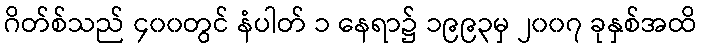
ဂိတ်စ်သည် ၄၀၀တွင် နံပါတ် ၁ နေရာ၌ ၁၉၉၃မှ ၂၀၀၇ ခုနှစ်အထိ